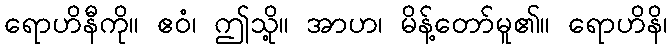
ရောဟိနီကို။ ဧဝံ၊ ဤသို့။ အာဟ၊ မိန့်တော်မူ၏။ ရောဟိနိ၊